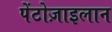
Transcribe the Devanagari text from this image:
पेंटोज़ाइलान